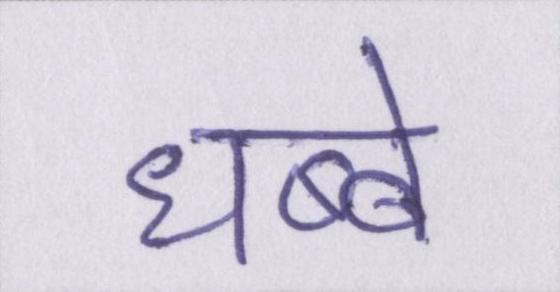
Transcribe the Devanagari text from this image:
धब्बे